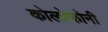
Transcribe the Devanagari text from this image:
कोलोफोनी